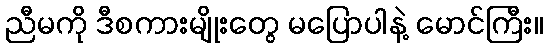
ညီမကို ဒီစကားမျိုးတွေ မပြောပါနဲ့ မောင်ကြီး။